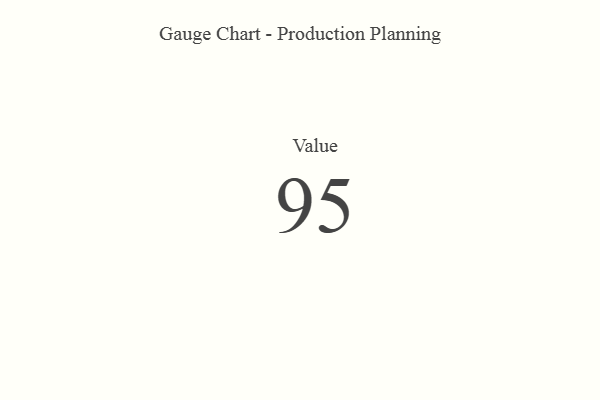
{"axis": {"x": "Metric", "y": "Value"}, "legend": [""], "data": [{"x": "Value", "y": 95, "type": ""}]}